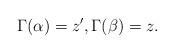
LaTeX: \begin{align*}\Gamma( \alpha )=z',\Gamma( \beta )=z.\end{align*}